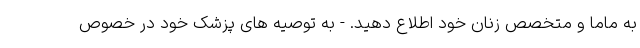
به ماما و متخصص زنان خود اطلاع دهید. - به توصیه های پزشک خود در خصوص